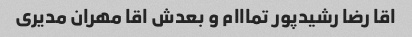
اقا رضا رشیدپور تمااام و بعدش اقا مهران مدیری